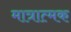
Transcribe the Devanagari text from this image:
मात्रात्‍मक